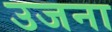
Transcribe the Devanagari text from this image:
उजना